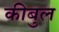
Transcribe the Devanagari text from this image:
कीबुल